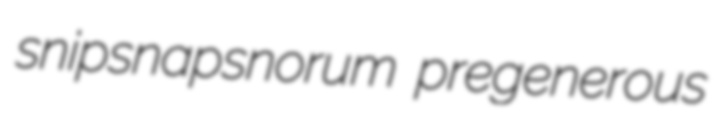
snipsnapsnorum pregenerous